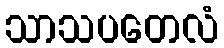
သာသပတေလံ